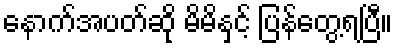
နောက်အပတ်ဆို မိမိနှင့် ပြန်တွေ့ရပြီ။